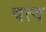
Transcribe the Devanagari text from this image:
षत्व